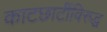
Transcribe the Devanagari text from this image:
काटछाटींविरुद्ध